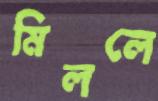
মিললে